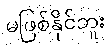
မဖြစ်နိုင်ဘူး